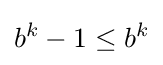
b^{k}-1\leq b^{k}